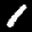
Label: 1